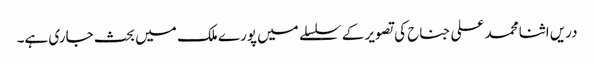
دریں اثنا محمد علی جناح کی تصویر کے سلسلے میں پورے ملک میں بحث جاری ہے۔